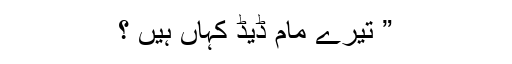
” تیرے مام ڈیڈ کہاں ہیں ؟